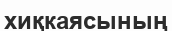
хиқкаясының